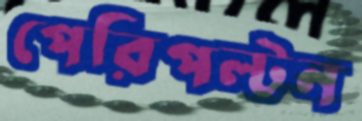
পেরিপল্টন